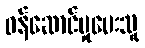
ဝန်ဆောင်မှုပေးသူ